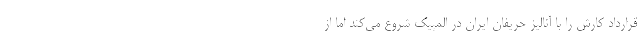
قرارداد کارش را با آنالیز حریفان ایران در المپیک شروع می‌کند اما از